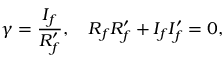
\gamma = \frac { I _ { f } } { R _ { f } ^ { \prime } } , \quad R _ { f } R _ { f } ^ { \prime } + I _ { f } I _ { f } ^ { \prime } = 0 ,